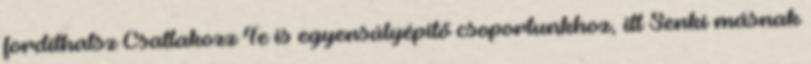
fordíthatsz Csatlakozz Te is egyensúlyépítő csoportunkhoz, itt Senki másnak